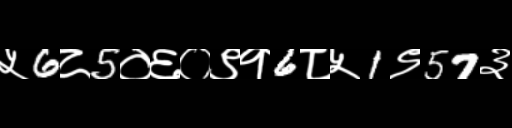
Text: ५6८5०६०९१6८५1९57३